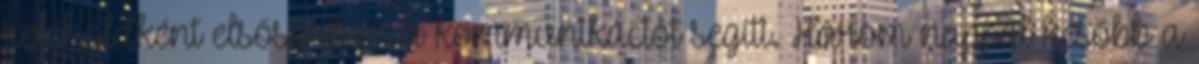
reléholdként elsősorban a kommunikációt segíti. Három nappal később a